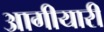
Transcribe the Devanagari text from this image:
आगीयारी